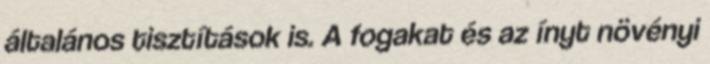
általános tisztítások is. A fogakat és az ínyt növényi